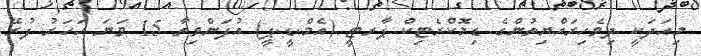
މިއަދަކީ ދިވެހިރައްޔިތުންގެ ޑިމޮކްރެޓިކް ޕާރޓީ (އެމް.ޑީ.ޕީ) އުފަންވިތާ 15 ވަނަ އަހަރު ފުރޭ